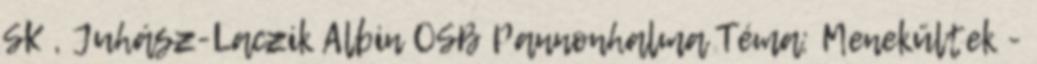
SK , Juhász-Laczik Albin OSB Pannonhalma Téma: Menekültek -